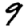
Digit: 9